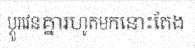
ប្តូរវេនគ្នារហូតមកនោះតែង